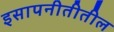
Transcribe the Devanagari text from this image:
इसापनीतीतील